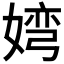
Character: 𮱐